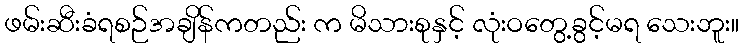
ဖမ်းဆီးခံရစဉ်အချိန်ကတည်း က မိသားစုနှင့် လုံးဝတွေ့ခွင့်မရ သေးဘူး။